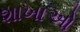
શાખાઓ